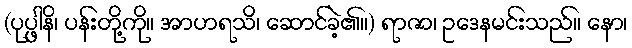
(ပုပ္ဖါနိ၊ ပန်းတို့ကို။ အာဟရသိ၊ ဆောင်ခဲ့၏။) ရာဇာ၊ ဥဒေနမင်းသည်။ နော၊